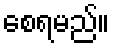
စေရမည်။